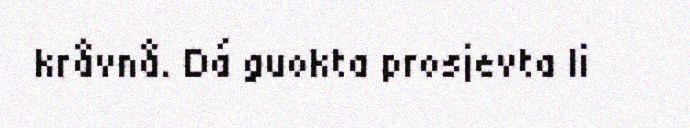
kråvnå. Dá guokta prosjevta li